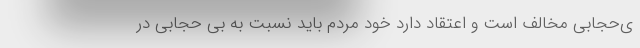
ی‌حجابی مخالف است و اعتقاد دارد خود مردم باید نسبت به بی حجابی در